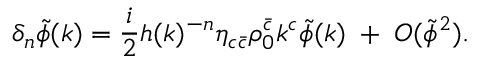
\delta _ { n } \tilde { \phi } ( k ) = \frac { i } { 2 } h ( k ) ^ { - n } \eta _ { c \bar { c } } \rho _ { 0 } ^ { \bar { c } } k ^ { c } \tilde { \phi } ( k ) \; + \; { \cal O } ( \tilde { \phi } ^ { 2 } ) .